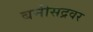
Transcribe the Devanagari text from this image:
बनीसद्रवर